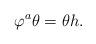
LaTeX: \begin{align*}\varphi^a \theta = \theta h.\end{align*}